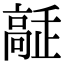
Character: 𩫔